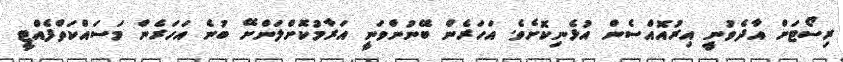
ރިސޯޓަށް އާދެވުނީ އިރުއޮއްސެން އުޅެނިކޮށެވެ. އަހަރެން ބޭނުންވަނީ އަރާމުކޮށްލަންށޭ ބުނެ އަހަރެން މަސައްކަތްފެއްޓީ